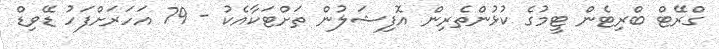
ގްރޭޓް ބްރިޓެން ޓީމުގެ ކުޅުންތެރިން އޮފިޝަލުން ތަށްޓަކާއެކު - 79 އަހަރަށްފަހު ޑޭވިޑް